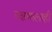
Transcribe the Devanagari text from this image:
रक्षणालाही